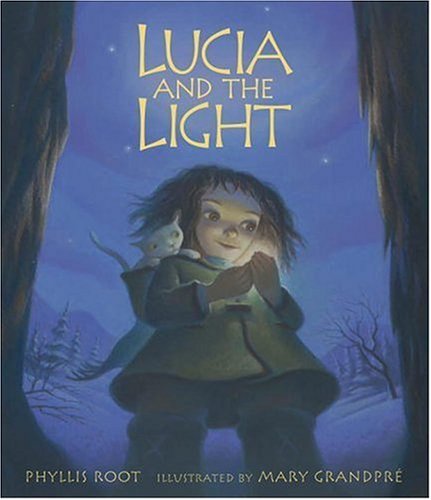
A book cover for Lucia and the Light; Phyllis Root; Children's Books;